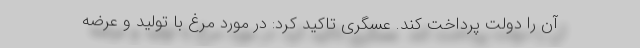
آن را دولت پرداخت کند. عسگری تاکید کرد: در مورد مرغ با تولید و عرضه